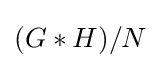
(G*H)/N